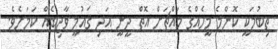
ތިބުމަކީ ކޮންމެ މީހެއްގެ މައްޗަށް އޮތް ދީނީ އަދި ޤައުމީ ވާޖިބެއް ކަމަށެވެ.